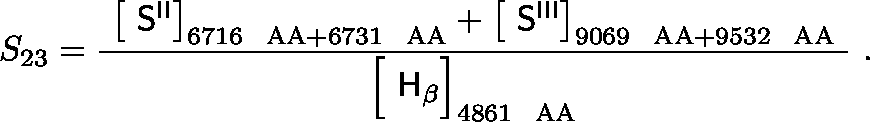
S _ { 2 3 } = { \frac { \ \left[ \ { \mathsf { S } } ^ { \mathsf { I I } } \right] _ { 6 7 1 6 ~ \mathrm { \ A A } + 6 7 3 1 ~ \mathrm { \ A A } } + \left[ \ { \mathsf { S } } ^ { \mathsf { I I I } } \right] _ { 9 0 6 9 ~ \mathrm { \ A A } + 9 5 3 2 ~ \mathrm { \ A A } } \ } { { \Bigl [ } \ { \mathsf { H } } _ { \mathsf { \beta } } { \Bigr ] } _ { 4 8 6 1 ~ \mathrm { \ A A } } } } ~ .